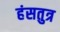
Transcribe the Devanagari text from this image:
हंसतुत्र